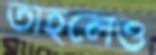
তাহলেও